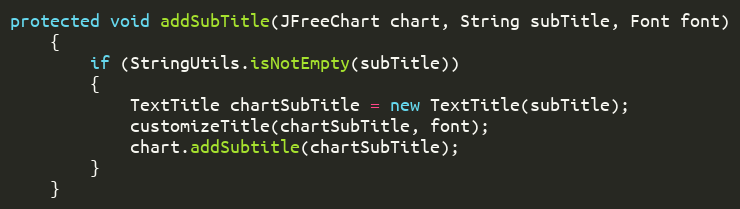
Language: Java
protected void addSubTitle(JFreeChart chart, String subTitle, Font font)
	{
		if (StringUtils.isNotEmpty(subTitle))
		{
			TextTitle chartSubTitle = new TextTitle(subTitle);
			customizeTitle(chartSubTitle, font);
			chart.addSubtitle(chartSubTitle);
		}
	}